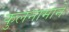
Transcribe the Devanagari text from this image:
कुलनामाने